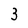
Character: 3